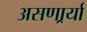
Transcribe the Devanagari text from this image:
असणार्र्या